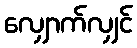
လျှောက်လျှင်